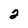
Character: 2